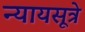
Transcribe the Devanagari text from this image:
न्यायसूत्रे